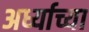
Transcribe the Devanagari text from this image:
अर्ध्याच्या